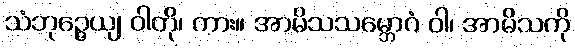
သံဘုဉ္ဇေယျ ဝါတို၊ ကား။ အာမိသသမ္ဘောဂံ ဝါ၊ အာမိသကို